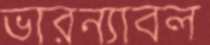
ভারন্যাবল